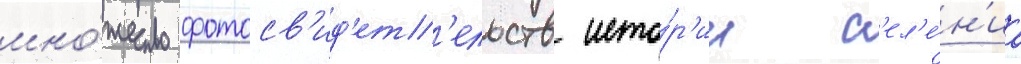
мно́жество фотосв'ид'ет'ельств исто́р'ии с'ел'е́н'иа